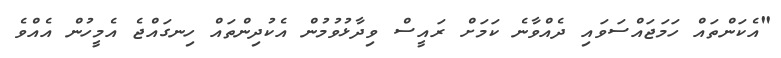
"އެކަންތައް ހަމަޖައްސަވައި ދެއްވާނެ ކަމަށް ރައީސް ވިދާޅުވުމުން އެކުދިންތައް ހިނގައްޖެ އެމީހުން އެއްވެ